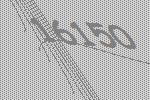
16150